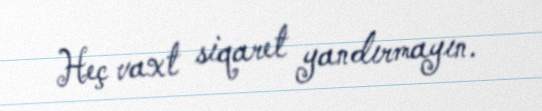
Heç vaxt siqaret yandırmayın.